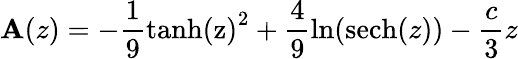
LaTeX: \mathbf{A}(z)=-\frac{{1}}{{9}}\textrm{{tanh(z)}}^{2}+\frac{{4}}{{9}}\ln(\textrm{{sech}}(z))-\frac{{c}}{{3}}z